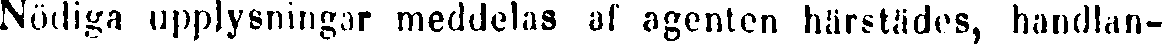
Nödiga upplysningar meddelas af agenten härstädes, handlan-